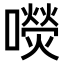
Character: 𡂋